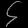
Digit: ၄